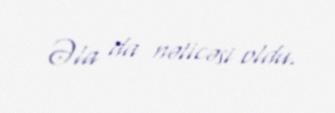
Əla da nəticəsi oldu.